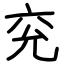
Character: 兖